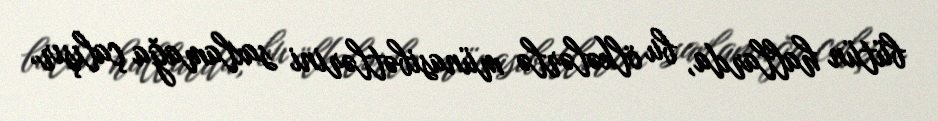
bütün hallarda, bu ölkələrlə münasibətlərini saxlamağa çalışır.